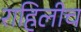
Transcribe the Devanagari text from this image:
राहिलीच